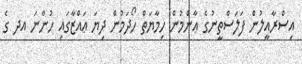
އިސްރާއީލުން ފަލަސްތީނުގެ ޢާންމުން ހިމާޔަތް ހޯދަމުން ދިޔަ ޢައްޒާގައި ހުންނަ އދ ގެ